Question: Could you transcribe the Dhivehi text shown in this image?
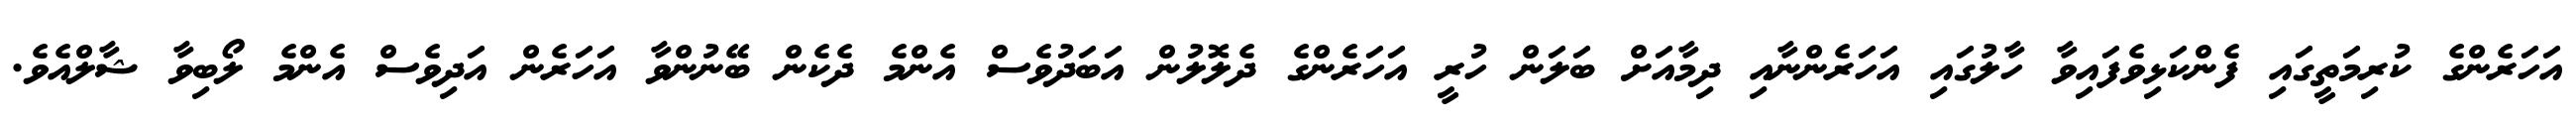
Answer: އަހަރެންގެ ކުރިމަތީގައި ފެންކަޅިވެފައިވާ ހާލުގައި އަހަރެންނާއި ދިމާއަށް ބަލަން ހުރީ އަހަރެންގެ ދެލޮލުން އަބަދުވެސް އެންމެ ދެކެން ބޭނުންވާ އަހަރެން އަދިވެސް އެންމެ ލޯބިވާ ޝާލްއެވެ.